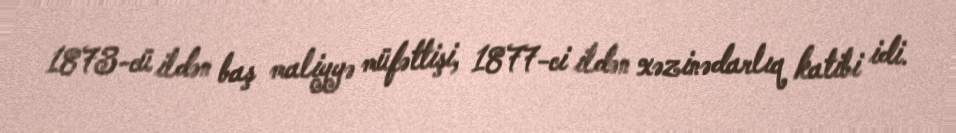
1873-cü ildən baş maliyyə müfəttişi, 1877-ci ildən xəzinədarlıq katibi idi.